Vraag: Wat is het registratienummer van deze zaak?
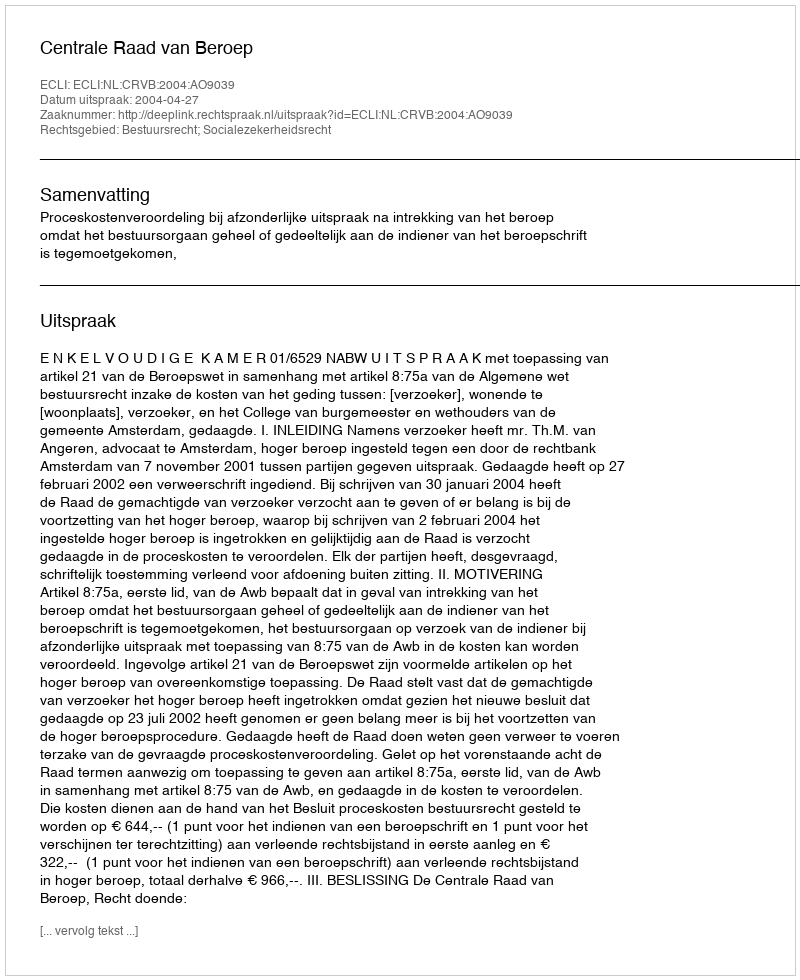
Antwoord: http://deeplink.rechtspraak.nl/uitspraak?id=ECLI:NL:CRVB:2004:AO9039